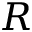
R